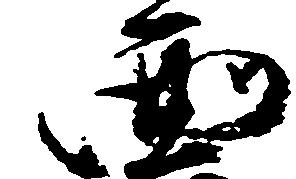
面